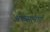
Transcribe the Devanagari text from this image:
अफसानाएँ